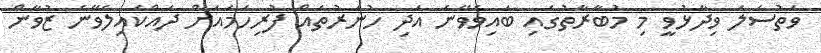
ވަތުސަލަ ވިދާޅުވީ މި މުބާރާތުގައި ބައިވެވޭނެ އަދި ހުނަރުތައް ފުރިހަމައަށް ދައްކައިލެވޭނެ ޒުވާން